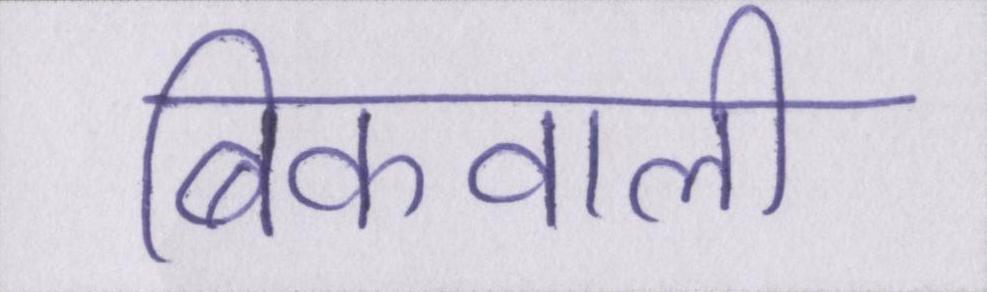
बिकवाली